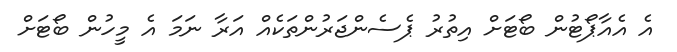
އެ އެއާޕޯޓުން ބޯޓަށް އިތުރު ޕެސެންޖަރުންތަކެއް އަރާ ނަމަ އެ މީހުން ބޯޓަށް